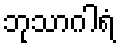
ဘုသာဂါရံ